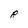
Character: R